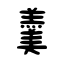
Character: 羹